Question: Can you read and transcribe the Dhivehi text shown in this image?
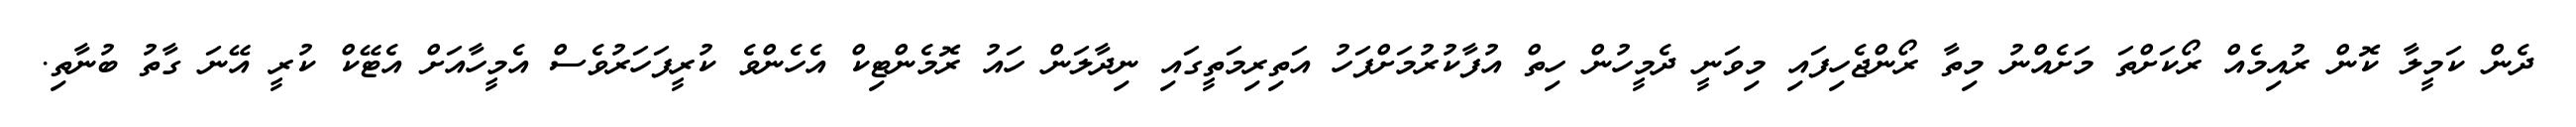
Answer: ދެން ކަމީލާ ކޮން ރުއިމެއް ރޯކަށްތަ މަށެއްނު މިތާ ރޯންޖެހިފައި މިވަނީ ދެމީހުން ހިތް އުފާކުރުމަށްފަހު އަތިރިމަތީގައި ނިދާލަން ހައު ރޮމެންޓިކް އެހެންވެ ކުރީފަހަރުވެސް އެމީހާއަށް އެޓޭކް ކުރީ އޭނަ ގާތު ބުނާތި.